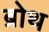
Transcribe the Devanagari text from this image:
ब्रोथ